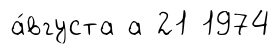
а́вгуста а 21 1974